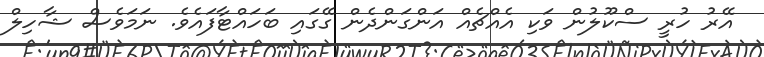
އޭރު ހުރީ ސްކޫލުން ވަކި އެއްޗެއް އަންގަންދެން ގޭގައި ބަހައްޓާފައެވެ. ނަމަވެސް ޝާހިލް